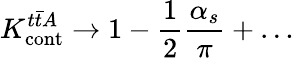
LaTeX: K_{\mathrm{cont}}^{t\bar{t}A}\to 1-\frac{1}{2}\frac{\alpha_{s}}{\pi}+\ldots